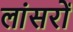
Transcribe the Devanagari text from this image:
लांसरों